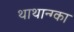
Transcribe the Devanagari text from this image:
थाथान्ग्का